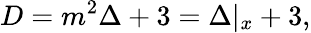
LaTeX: D=m^{2}\Delta+3=\Delta\vert_{x}+3,